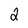
Character: 2